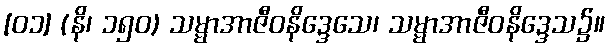
[၀၁] (နိ၊ ၁၅၀) သမ္မာအာဇီဝနိဒ္ဒေသေ၊ သမ္မာအာဇီဝနိဒ္ဒေသ၌။